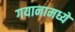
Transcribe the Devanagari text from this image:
गयानामध्ये